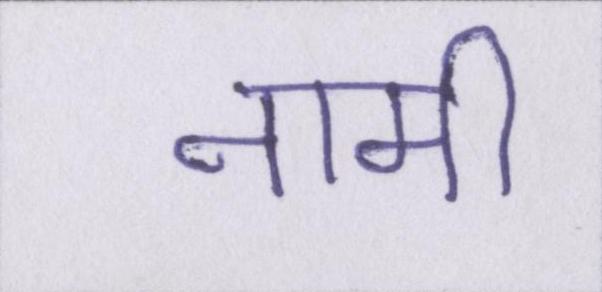
नामी